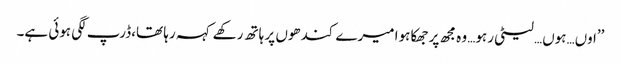
’’اوں…ہوں…لیٹی رہو… وہ مجھ پر جھکا ہوا میرے کندھوں پر ہاتھ رکھے کہہ رہا تھا،ڈرپ لگی ہوئی ہے۔